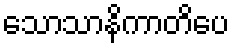
သောသာနိကာတိပေ